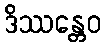
ဒိဿန္တေဝ